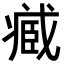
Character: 𮍒